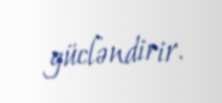
gücləndirir.